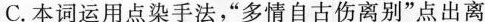
C.本词运用点染手法，”多情自古伤离别”点出离